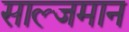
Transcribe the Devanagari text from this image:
साल्जमान